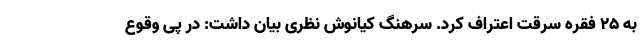
به ۲۵ فقره سرقت اعتراف کرد. سرهنگ کیانوش نظری بیان داشت: در پی وقوع